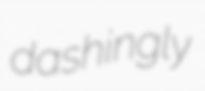
dashingly